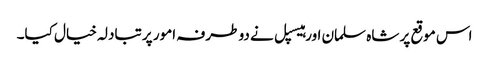
اس موقع پر شاہ سلمان اور ہیسپل نے دو طرفہ امور پر تبادلہ خیال کیا۔